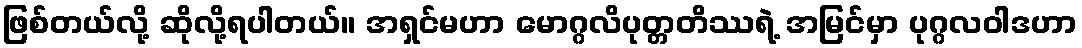
ဖြစ်တယ်လို့ ဆိုလို့ရပါတယ်။ အရှင်မဟာ မောဂ္ဂလိပုတ္တတိဿရဲ့ အမြင်မှာ ပုဂ္ဂလဝါဒဟာ